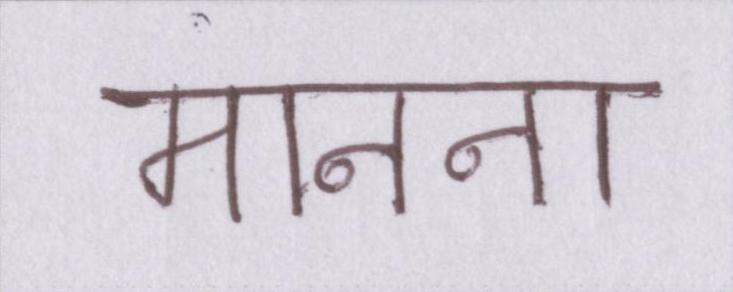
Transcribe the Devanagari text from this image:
मानना